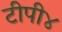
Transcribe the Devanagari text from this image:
टीपी४